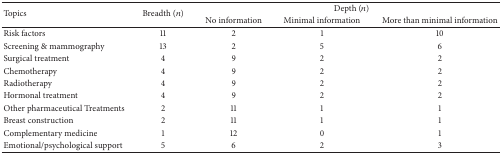
<table><thead><tr><td rowspan="2"><b>Topics</b></td><td rowspan="2"><b>Breadth (<i>n</i>)</b></td><td colspan="3"><b>Depth (<i>n</i>)</b></td></tr><tr><td><b>No information</b></td><td><b>Minimal information</b></td><td><b>More than minimal information</b></td></tr></thead><tbody><tr><td>Risk factors</td><td>11</td><td>2</td><td>1</td><td>10</td></tr><tr><td>Screening &amp; mammography</td><td>13</td><td>2</td><td>5</td><td>6</td></tr><tr><td>Surgical treatment</td><td>4</td><td>9</td><td>2</td><td>2</td></tr><tr><td>Chemotherapy</td><td>4</td><td>9</td><td>2</td><td>2</td></tr><tr><td>Radiotherapy</td><td>4</td><td>9</td><td>2</td><td>2</td></tr><tr><td>Hormonal treatment</td><td>4</td><td>9</td><td>2</td><td>2</td></tr><tr><td>Other pharmaceutical Treatments</td><td>2</td><td>11</td><td>1</td><td>1</td></tr><tr><td>Breast construction</td><td>2</td><td>11</td><td>1</td><td>1</td></tr><tr><td>Complementary medicine</td><td>1</td><td>12</td><td>0</td><td>1</td></tr><tr><td>Emotional/psychological support</td><td>5</td><td>6</td><td>2</td><td>3</td></tr></tbody></table>